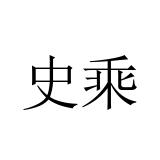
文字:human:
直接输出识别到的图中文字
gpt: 史乘